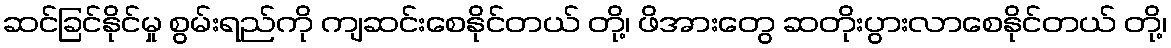
ဆင်ခြင်နိုင်မှု စွမ်းရည်ကို ကျဆင်းစေနိုင်တယ် တို့၊ ဖိအားတွေ ဆတိုးပွားလာစေနိုင်တယ် တို့၊